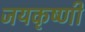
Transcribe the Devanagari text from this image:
जयकृष्णी